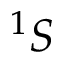
^ 1 S